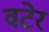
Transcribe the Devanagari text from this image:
वटेर